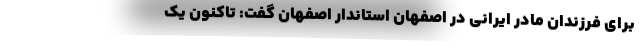
برای فرزندان مادر ایرانی در اصفهان استاندار اصفهان گفت: تاکنون یک